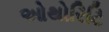
ઓથોરિટિ